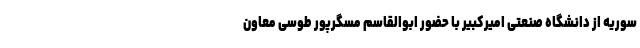
سوریه از دانشگاه صنعتی امیرکبیر با حضور ابوالقاسم مسگرپور طوسی معاون